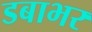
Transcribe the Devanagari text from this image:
डबाभर